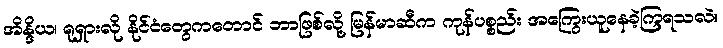
အိန္ဒိယ၊ ရုရှားလို နိုင်ငံတွေကတောင် ဘာဖြစ်လို့ မြန်မာဆီက ကုန်ပစ္စည်း အကြွေးယူနေခဲ့ကြရသလဲ။